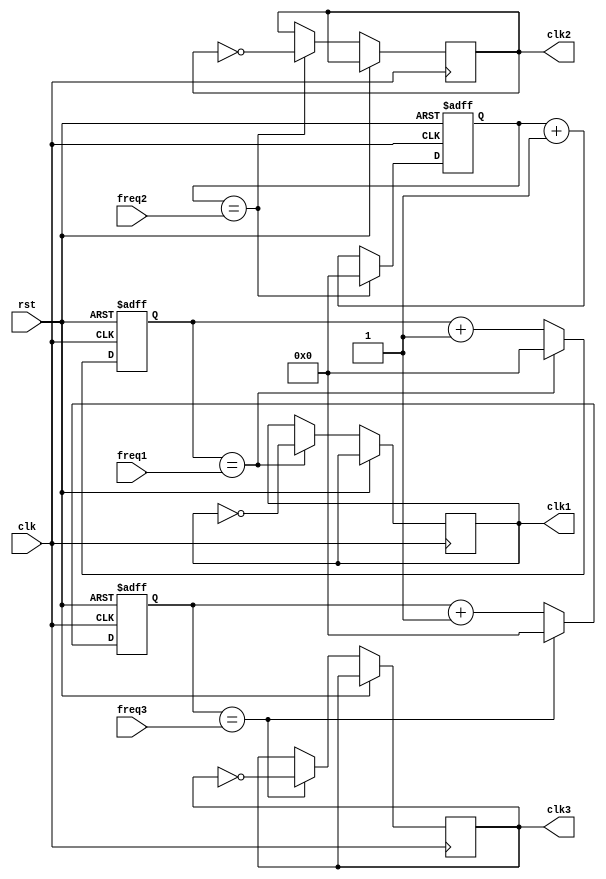
module multirate_timer (
    input wire clk,
    input wire rst,
    input wire [3:0] freq1, // Desired frequency for clock signal 1
    input wire [3:0] freq2, // Desired frequency for clock signal 2
    input wire [3:0] freq3, // Desired frequency for clock signal 3
    output reg clk1,
    output reg clk2,
    output reg clk3
);

reg [3:0] count1 = 4'b0000; // Counter for clock signal 1
reg [3:0] count2 = 4'b0000; // Counter for clock signal 2
reg [3:0] count3 = 4'b0000; // Counter for clock signal 3

always @(posedge clk or posedge rst) begin
    if (rst) begin
        count1 <= 4'b0000;
        count2 <= 4'b0000;
        count3 <= 4'b0000;
    end else begin
        if (count1 == freq1) begin
            count1 <= 4'b0000;
            clk1 <= ~clk1;
        end else begin
            count1 <= count1 + 1;
        end
        
        if (count2 == freq2) begin
            count2 <= 4'b0000;
            clk2 <= ~clk2;
        end else begin
            count2 <= count2 + 1;
        end
        
        if (count3 == freq3) begin
            count3 <= 4'b0000;
            clk3 <= ~clk3;
        end else begin
            count3 <= count3 + 1;
        end
    end
end

endmodule